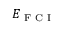
E _ { \textrm { F C I } }